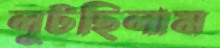
লুটছিলাম